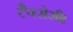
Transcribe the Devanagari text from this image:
टैक्सेसी।